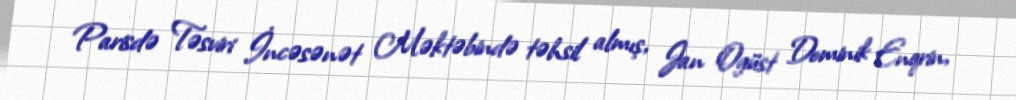
Parisdə Təsviri İncəsənət Məktəbində təhsil almış, Jan Ogüst Dominik Enqrin,